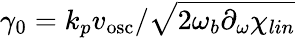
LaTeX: \gamma_{0}=k_{p}v_{\mathrm{{osc}}}/\sqrt{2\omega_{b}\partial_{\omega}\chi_{lin}}